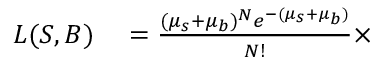
\begin{array} { r l } { L ( S , B ) } & { { } = \frac { ( \mu _ { s } + \mu _ { b } ) ^ { N } e ^ { - ( \mu _ { s } + \mu _ { b } ) } } { N ! } \times } \end{array}